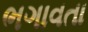
ભગાવતા